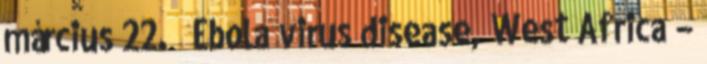
március 22. ↑ Ebola virus disease, West Africa –